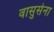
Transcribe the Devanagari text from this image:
वासुसेना